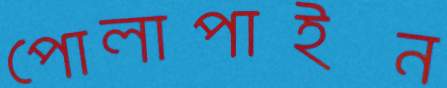
পোলাপাইন